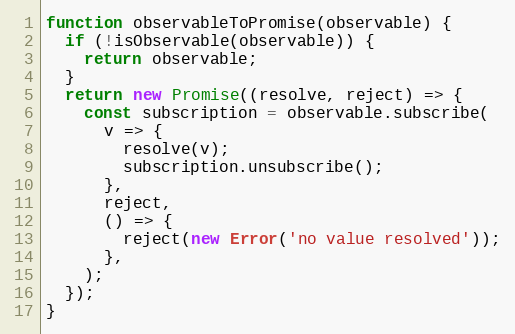
Language: JavaScript
function observableToPromise(observable) {
  if (!isObservable(observable)) {
    return observable;
  }
  return new Promise((resolve, reject) => {
    const subscription = observable.subscribe(
      v => {
        resolve(v);
        subscription.unsubscribe();
      },
      reject,
      () => {
        reject(new Error('no value resolved'));
      },
    );
  });
}